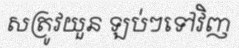
សត្រូវយួន ឡប់ៗទៅវិញ